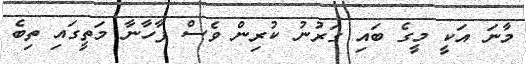
މާނަ އަކީ މީގެ ބައި ގަރުނު ކުރިން ވެސް ފާހާނާ މަތީގައި ތިބެ